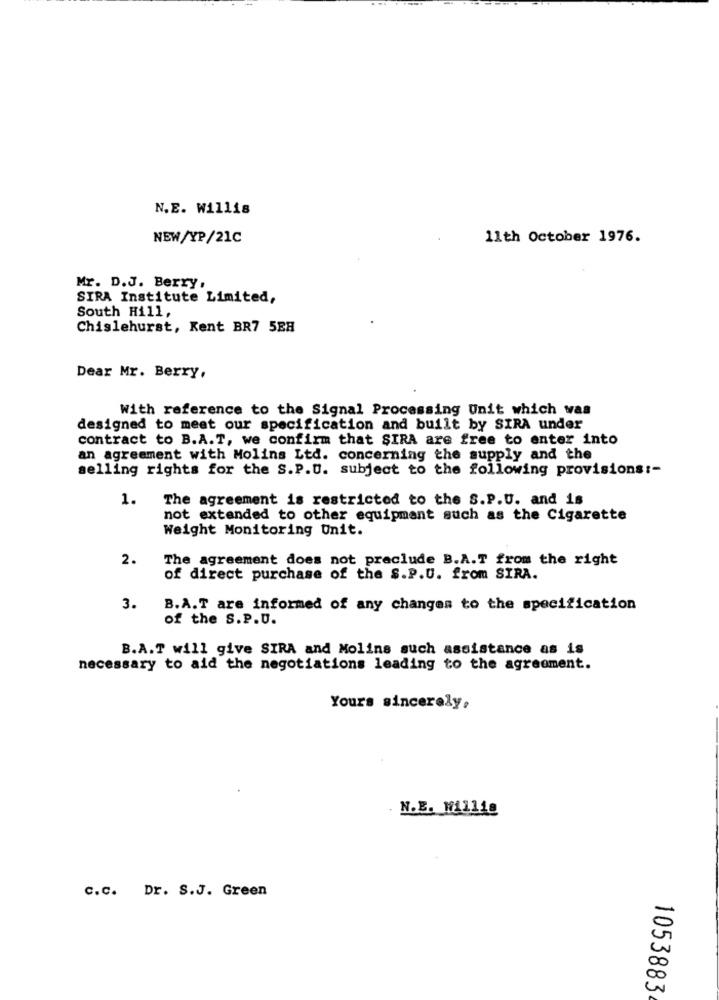
N.E. Willis
NEW/YP/21C
11th October 1976.
Mr. D.J. Berry,
SIRA Institute Limited,
South Hill,
Chislehurst, Kent BR7 5EH
Dear Mr. Berry,
With reference to the Signal Processing Unit which was
designed to meet our specification and built by SIRA under
contract to B.A.T, we confirm that SIRA are free to enter into
an agreement with Molins Ltd. concerning the supply and the
selling rights for the S.P.U. subject to the following provisions :-
1.
The agreement is restricted to the S.P.U. and is
not extended to other equipment such as the Cigarette
Weight Monitoring Unit.
2.
The agreement does not preclude B.A.T from the right
of direct purchase of the S.P.U. from SIRA.
3.
B.A.T are informed of any changes to the specification
of the S.P.U.
B.A.T will give SIRA and Molins such assistance as is
necessary to aid the negotiations leading to the agreement.
Yours sincerely,
N.E. W11118
c.c. Dr. S.J. Green
1053883